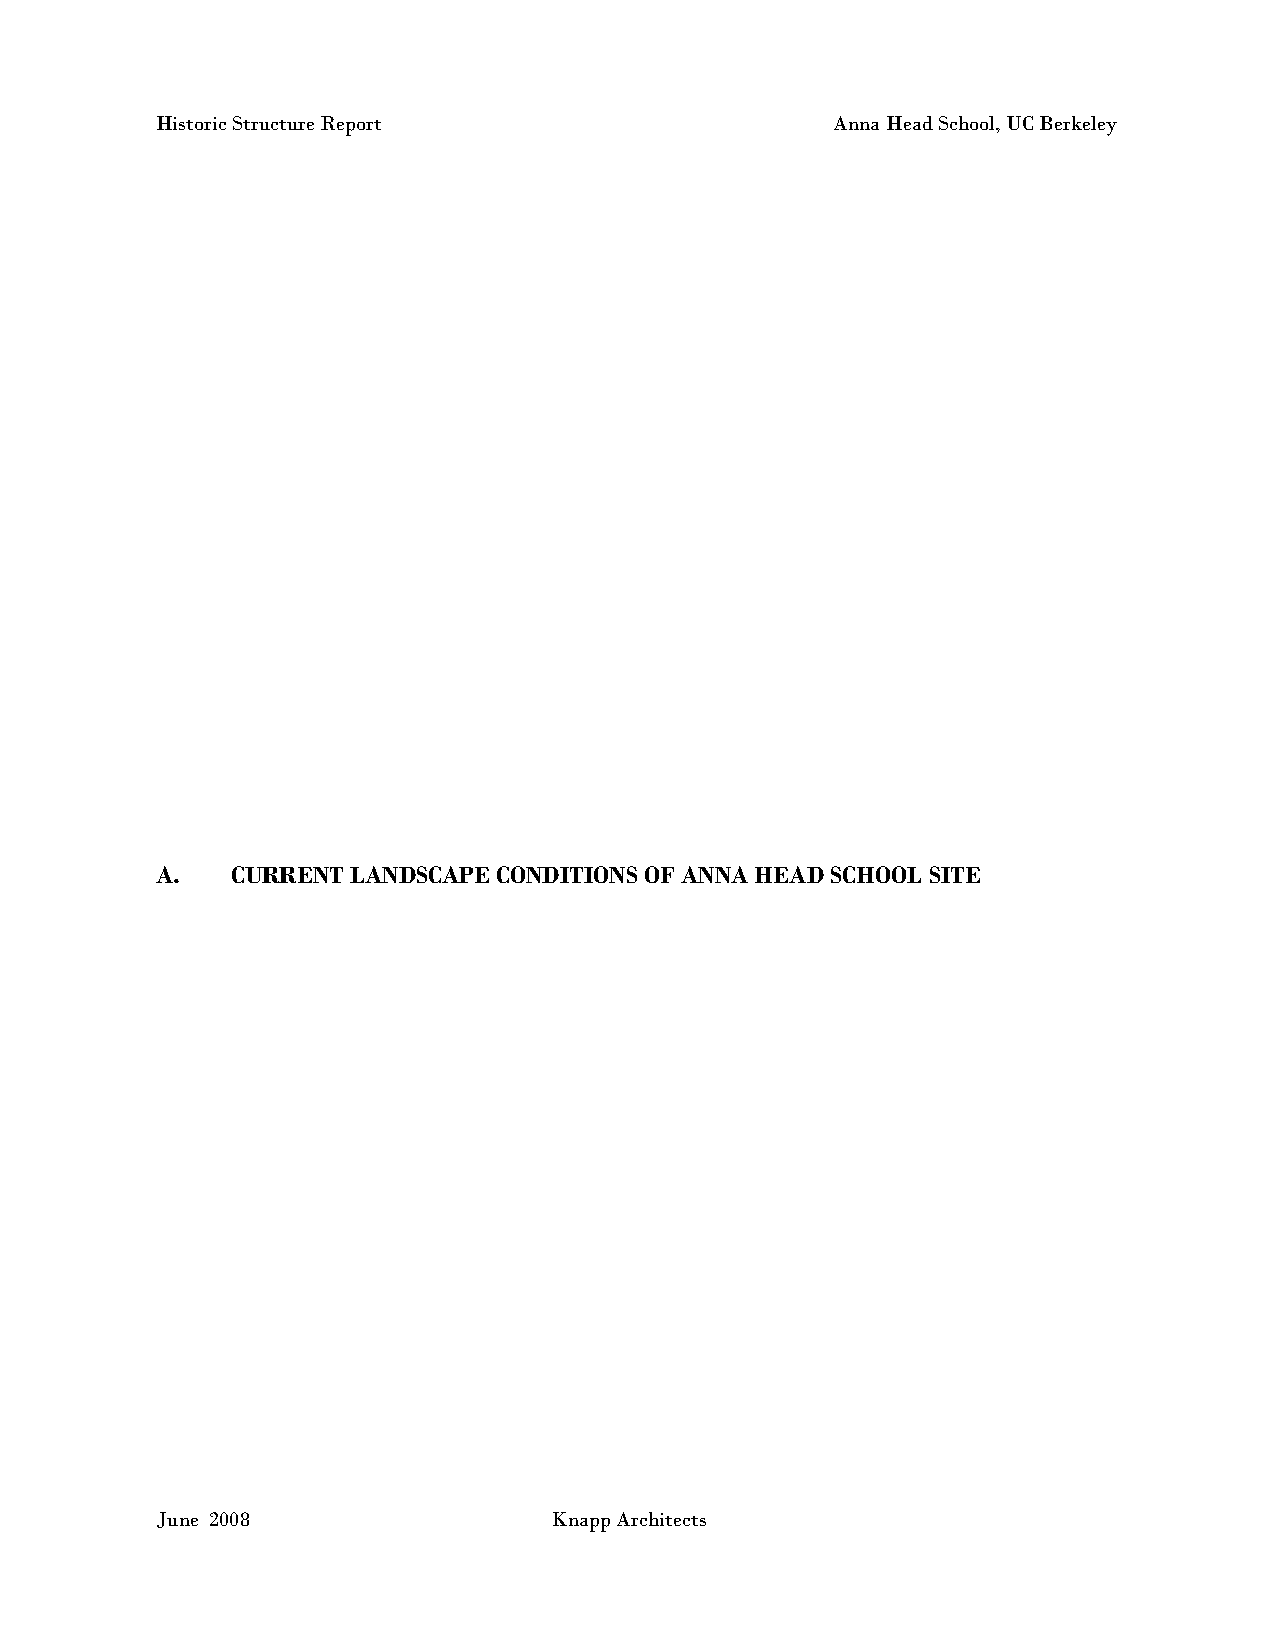
Historic Structure Report                    Anna Head School, UC Berkeley
 A.   CURRENT LANDSCAPE CONDITIONS OF ANNA HEAD SCHOOL SITE
 June 2008                 Knapp Architects